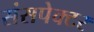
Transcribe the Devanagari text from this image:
संसपेक्टर